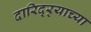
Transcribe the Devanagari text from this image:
दारिद्‌र्‍याच्या